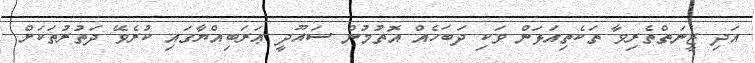
އަދި ޒީނަތްތެރިވާ ތަކެތިއަޅަން ވަކި ދަބަހެއް އޮތުމުން ސައޫދީ ޢަރަބިއްޔާގައި ކުރެވޭ ދަތުރުތަކަށް